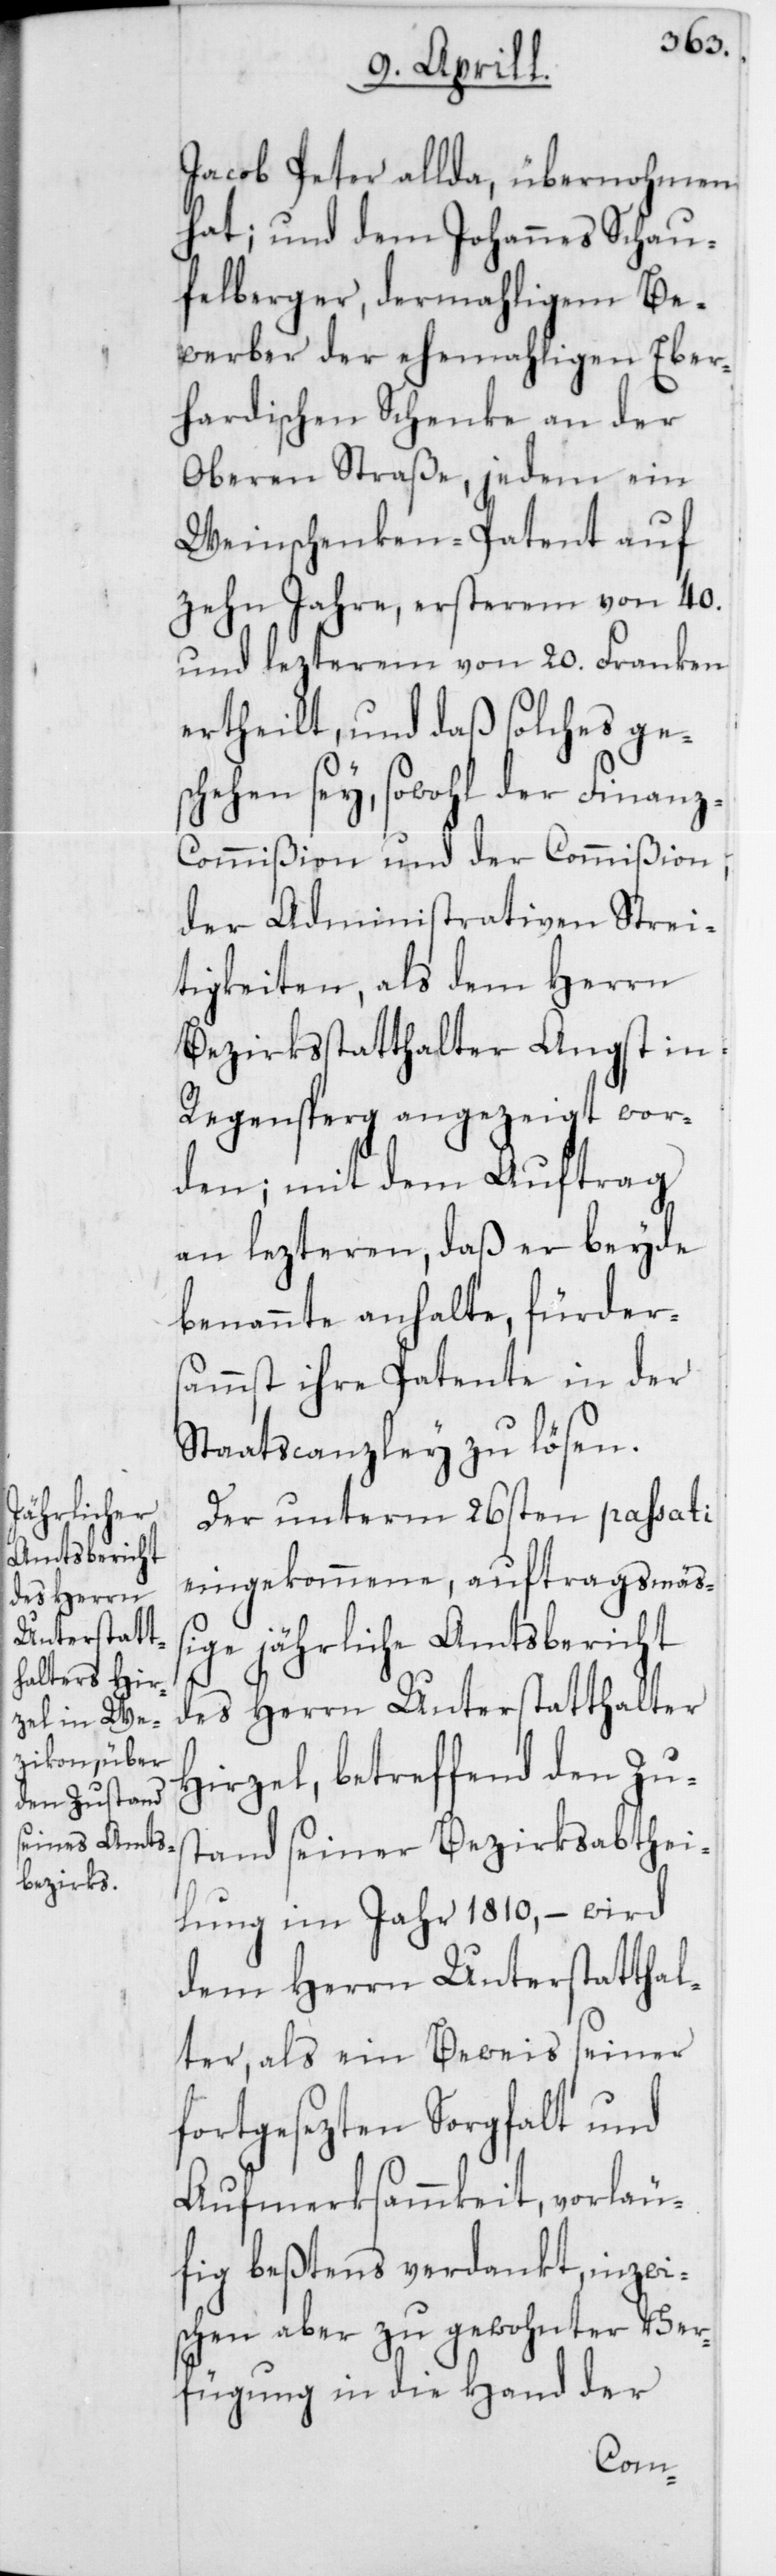
Jacob Peter allda, übernohmen
hat; und dem Johannes Schau¬
felberger, dermahligem Be¬
werber der ehemahligen Eber¬
hardischen Schenke an der
Oberen Straße, jedem ein
Weinschenken-Patent auf
zehn Jahre, ersterem von 40.
und lezterem von 20. Franken
ertheilt, und daß solches gesc¬
hehen sey, sowohl der Finan¬
z-Commißion und der Commißion
der Administrativen Strei¬
tigkeiten, als dem Herrn
Bezirksstatthalter Angst in
Regensperg angezeigt wor¬
den; mit dem Auftrag
an lezteren, daß er beyde
benannte anhalte, fürders¬
ammst ihre Patente in der
Staatscanzley zu lösen.
Der unterm 26sten passati
eingekommene, auftragsmäß¬
ige jährliche Amtsbericht
des Herrn Unterstatthalter
Hirzel, betreffend den Zus¬
tand seiner Bezirksabthei¬
lung im Jahr 1810, – wird
dem Herrn Unterstatthal¬
ter, als ein Beweis seiner
fortgesezten Sorgfalt und
Aufmerksammkeit, vorläu¬
fig beßtens verdankt, inzwi¬
schen aber zu gewohnter Ver¬
fügung in die Hand der